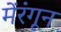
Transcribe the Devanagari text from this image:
मेंरंगून